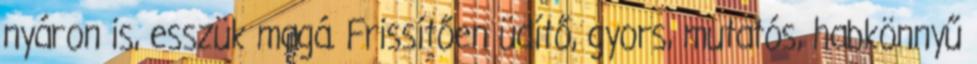
nyáron is, esszük magá. Frissítően üdítő, gyors, mutatós, habkönnyű